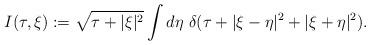
LaTeX: \begin{align*}I(\tau, \xi) := \sqrt{\tau+|\xi|^2}\int d\eta\ \delta(\tau +|\xi-\eta|^2+|\xi+\eta|^2).\end{align*}